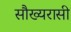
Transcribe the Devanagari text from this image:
सौख्यरासी